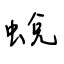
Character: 蛻